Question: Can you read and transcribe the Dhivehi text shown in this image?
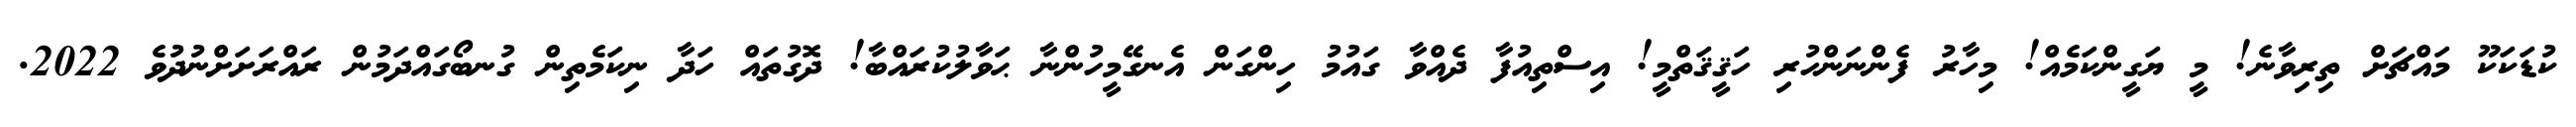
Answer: ކުޑަކަކޫ މައްޗަށް ތިރިވާނެ! މީ ޔަގީންކަމެއް! މިހާރު ފެންނަންހުރި ހަޤީޤަތްމީ! އިސްތިއުފާ ދެއްވާ ގައުމު ހިންގަން އެނގޭމީހުންނާ ޙަވާލުކުރައްބާ! ދޮގުތައް ހަދާ ނިކަމެތިން ގުނބޯގައްދަމުން ރައްރަށަށްނުދުވެ 2022.